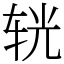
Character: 𨐈